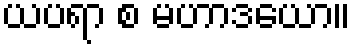
ယပရာ စ မဟာဒယော။